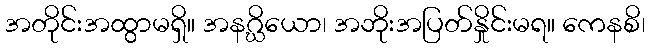
အတိုင်းအထွာမရှိ။ အနဂ္ဃိယော၊ အဘိုးအပြတ်နှိုင်းမရ။ ကေနစိ၊